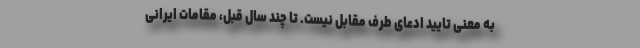
به معنی تایید ادعای طرف مقابل نیست. تا چند سال قبل، مقامات ایرانی